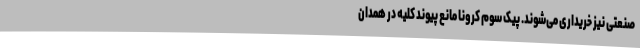
صنعتی نیز خریداری می‌شوند. پیک سوم کرونا مانع پیوند کلیه در همدان